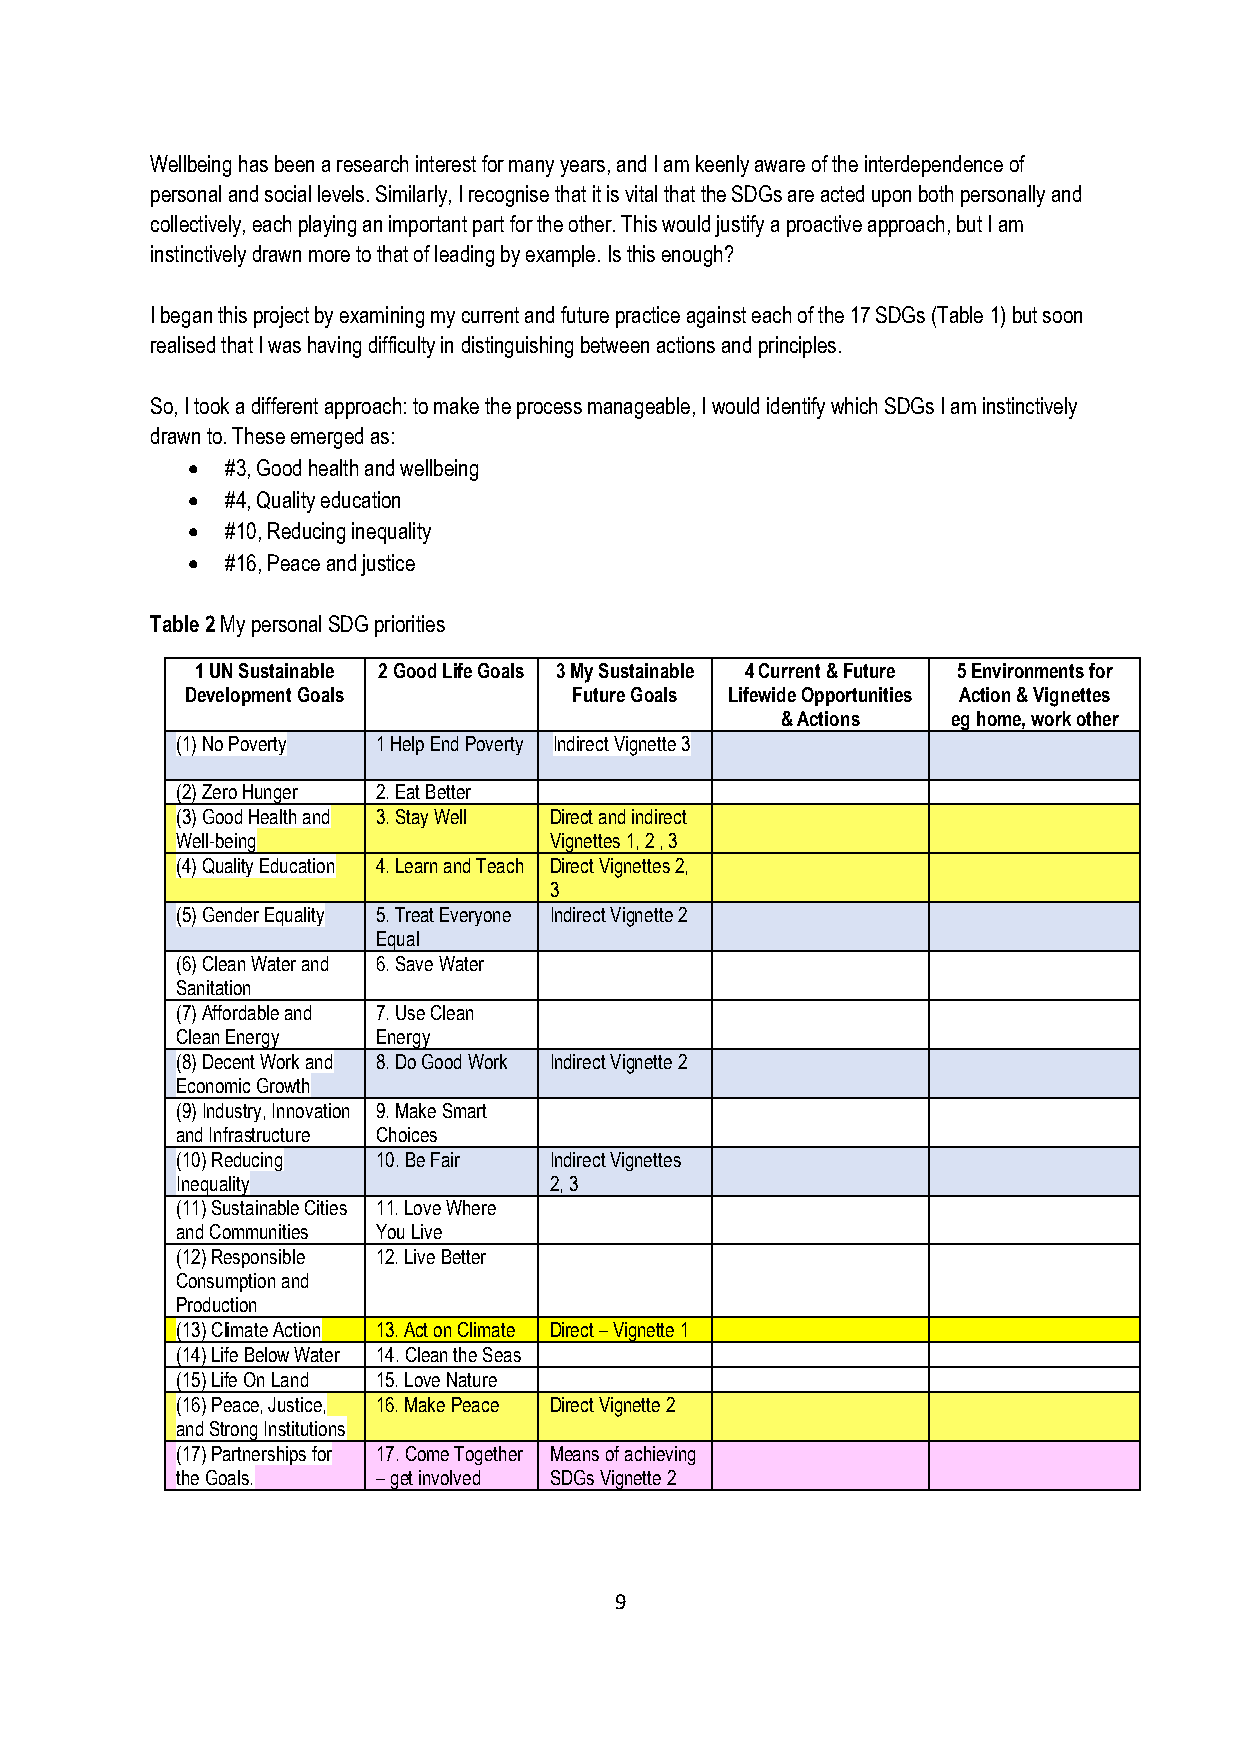
Wellbeing has been a research interest for many years, and I am keenly aware of the interdependence of
 personal and social levels. Similarly, I recognise that it is vital that the SDGs are acted upon both personally and
 collectively, each playing an important part for the other. This would justify a proactive approach, but I am
 instinctively drawn more to that of leading by example. Is this enough?
 I began this project by examining my current and future practice against each of the 17 SDGs (Table 1) but soon
 realised that I was having difficulty in distinguishing between actions and principles.
 So, I took a different approach: to make the process manageable, I would identify which SDGs I am instinctively
 drawn to. These emerged as:
 •  #3, Good health and wellbeing
 •  #4, Quality education
 •  #10, Reducing inequality
 •  #16, Peace and justice
 Table 2 My personal SDG priorities
 1 UN Sustainable 2 Good Life Goals 3 My Sustainable 4 Current & Future 5 Environments for
 Development Goals         Future Goals Lifewide Opportunities Action & Vignettes
 & Actions  eg home, work other
 (1) No Poverty 1 Help End Poverty Indirect Vignette 3
 (2) Zero Hunger 2. Eat Better
 (3) Good Health and 3. Stay Well Direct and indirect
 Well-being              Vignettes 1, 2 , 3
 (4) Quality Education 4. Learn and Teach Direct Vignettes 2,
 3
 (5) Gender Equality 5. Treat Everyone Indirect Vignette 2
 Equal
 (6) Clean Water and 6. Save Water
 Sanitation
 (7) Affordable and 7. Use Clean
 Clean Energy Energy
 (8) Decent Work and 8. Do Good Work Indirect Vignette 2
 Economic Growth
 (9) Industry, Innovation 9. Make Smart
 and Infrastructure Choices
 (10) Reducing 10. Be Fair Indirect Vignettes
 Inequality              2, 3
 (11) Sustainable Cities 11. Love Where
 and Communities You Live
 (12) Responsible 12. Live Better
 Consumption and
 Production
 (13) Climate Action 13. Act on Climate Direct – Vignette 1
 (14) Life Below Water 14. Clean the Seas
 (15) Life On Land 15. Love Nature
 (16) Peace, Justice, 16. Make Peace Direct Vignette 2
 and Strong Institutions
 (17) Partnerships for 17. Come Together Means of achieving
 the Goals.   – get involved SDGs Vignette 2
 9